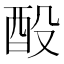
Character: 酘